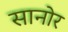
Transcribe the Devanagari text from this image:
सानोर